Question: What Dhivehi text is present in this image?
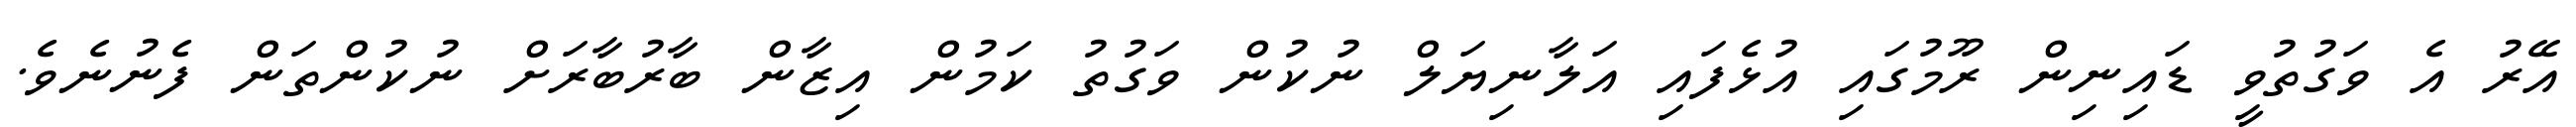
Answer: އޭރު އެ ވަގުތުވީ ޑައިނިން ރޫމުގައި އުޅެފައި އަލާނިޔަލް ނުކުން ވަގުތު ކަމުން އިޒާން ބާރުބާރަށް ނުކުންތަން ފެނުނެވެ.